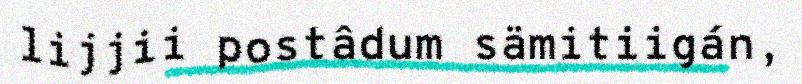
lijjii postâdum sämitiigán,